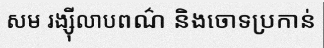
សម រង្ស៊ីលាបពណ៌ និងចោទប្រកាន់